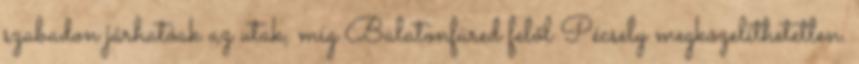
szabadon járhatóak az utak, míg Balatonfüred felől Pécsely megközelíthetetlen.